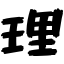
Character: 理